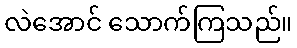
လဲအောင် သောက်ကြသည်။